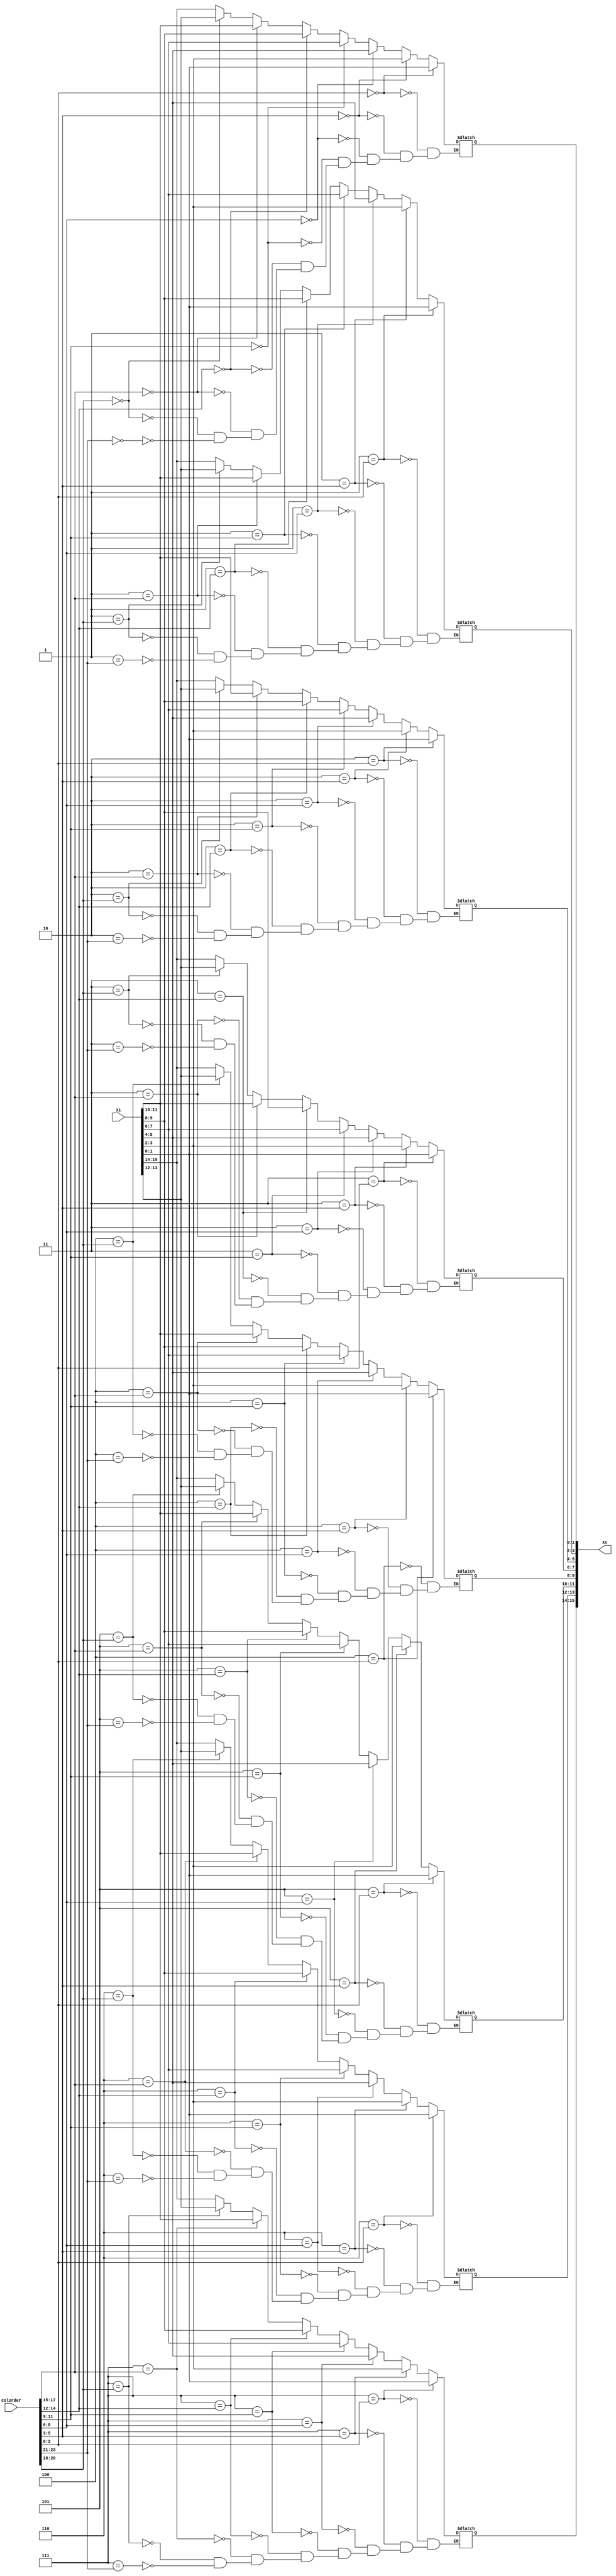
`timescale 1ns / 1ps

module X_Rearrange(
        input  [8 * 2 - 1:0] Xi,
        input  [8 * 3 - 1:0] colorder,
        output [8 * 2 - 1:0] Xo
    );
    
    wire [1:0] xi[7:0];
    wire [2:0] order[7:0];
    reg  [1:0] xo[7:0];
    
    genvar i;
    generate
        for (i = 0; i < 8; i = i + 1) begin
            assign xi[i] = Xi[(i+1) * 2 - 1:i * 2];
            assign order[i] = colorder[(i+1) * 3 - 1:i * 3];
            always@ * begin
//                if (i == order[0]) begin
//                    xo[i] = xi[0];
//                end else if (i == order[1]) begin
//                    xo[i] = xi[1];
//                end else if (i == order[2]) begin
//                    xo[i] = xi[2];
//                end else if (i == order[3]) begin
//                    xo[i] = xi[3];
//                end else if (i == order[4]) begin
//                    xo[i] = xi[4];
//                end else if (i == order[5]) begin
//                    xo[i] = xi[5];
//                end else if (i == order[6]) begin
//                    xo[i] = xi[6];
//                end else if (i == order[7]) begin
//                    xo[i] = xi[7];
//                end
                
                case (i)
                    order[0]: xo[i] = xi[0];
                    order[1]: xo[i] = xi[1];
                    order[2]: xo[i] = xi[2];
                    order[3]: xo[i] = xi[3];
                    order[4]: xo[i] = xi[4];
                    order[5]: xo[i] = xi[5];
                    order[6]: xo[i] = xi[6];
                    order[7]: xo[i] = xi[7];
                endcase
            end
        end
    endgenerate
    
    assign Xo = {xo[7], xo[6], xo[5], xo[4], xo[3], xo[2], xo[1], xo[0]};
    
endmodule